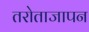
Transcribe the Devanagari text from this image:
तरोताजापन